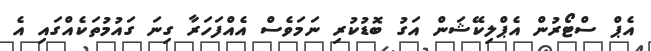
އެޕް ސްޓޯރުން އެޕްލިކޭޝަން އަގު ބޮޑުކުރި ނަމަވެސް އެއްފަހަރާ ގިނަ ގައުމުތަކެއްގައި އެ